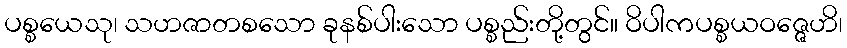
ပစ္စယေသု၊ သဟဇာတစသော ခုနစ်ပါးသော ပစ္စည်းတို့တွင်။ ဝိပါကပစ္စယဝဇ္ဇေဟိ၊